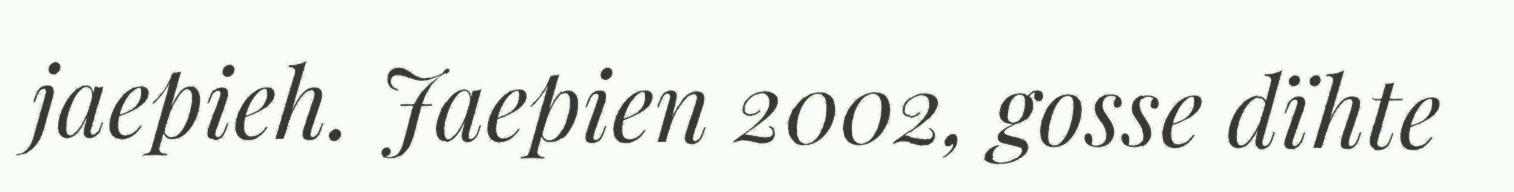
jaepieh. Jaepien 2002, gosse dïhte